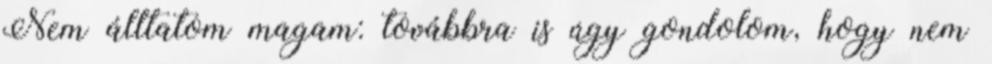
Nem álltatom magam: továbbra is úgy gondolom, hogy nem